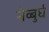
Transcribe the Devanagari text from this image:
नेव्बुर्घ